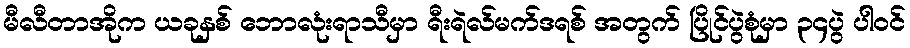
မီလီတာအိုက ယခုနှစ် ဘောလုံးရာသီမှာ ရီးရဲလ်မက်ဒရစ် အတွက် ပြိုင်ပွဲစုံမှာ ၃၄ပွဲ ပါဝင်